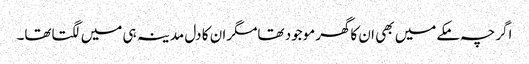
اگرچہ مکےمیں بھی ا ن کاگھرموجود تھامگران کا دل مدینہ ہی میں لگتاتھا۔